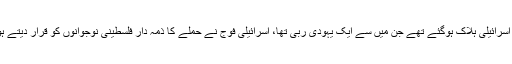
واضح رہے کہ اسرائیل میں دو روز قبل ایک حملے میں دو اسرائیلی ہلاک ہوگئے تھے جن میں سے ایک یہودی ربی تھا، اسرائیلی فوج نے حملے کا ذمہ دار فلسطینی نوجوانوں کو قرار دیتے ہوئے رملہ کے ایک گاؤں میں چھاپا مار کارروائی کی تھی۔